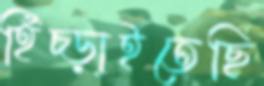
হিঁচ্‌ড়াইতেছি